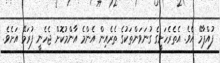
ފުއްޕާމޭ އެވެ. އެތެރެހަށީގެ ގުނަވަންތަކުގެ ތެރެއިން އެންމެ އާންމުކޮށް ޖެހެނީ ފުރަމޭ އަށެވެ.